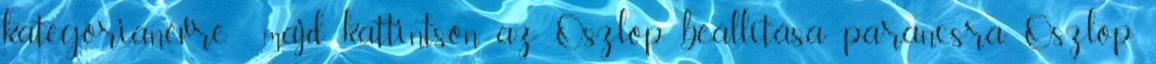
kategórianévre , majd kattintson az Oszlop beállítása parancsra. Oszlop